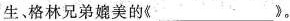
生、格林兄弟媲美的《___》。